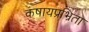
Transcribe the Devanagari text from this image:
कषायप्रभ्रिता